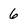
Character: 6